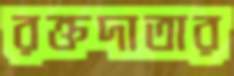
রক্তদাতার